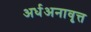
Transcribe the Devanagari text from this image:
अर्धअनावृत्त